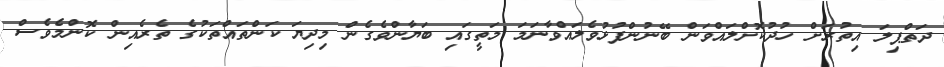
ދަތްޕިލަ އިތުރަށް ހުދުކޮށްލައްވަން ބޭނުންފުޅުވެލައްވާނަމަ މަތީގައި ބަޔާންވެގެން މިދިޔަ ކަންތައްތަކުގެ ތެރެއިން ކޮންމެވެސް